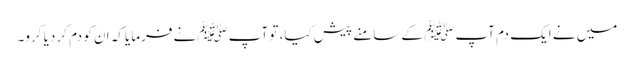
میں نے ایک دم آپﷺ کے سامنے پیش کیا، تو آپﷺ نے فرمایا کہ ان کو دم کر دیا کرو۔